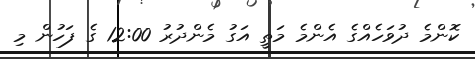
ކޮންމެ ދުވަހެއްގެ އެންމެ މަތީ އަގު މެންދުރު 12:00 ގެ ފަހުން މި